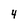
Character: 4